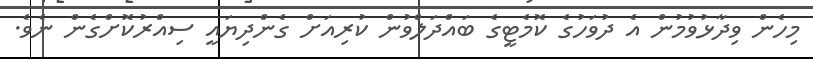
މިހެން ވިދާޅުވުމުން އެ ދުވަހުގެ ކޮމެޓީގެ ބައްދަލްވުން ކުރިއަށް ގެންދިޔައީ ސިއްރުކޮށްގެން ނެވެ.